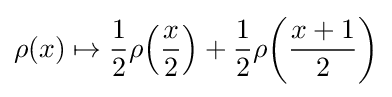
\rho (x)\mapsto {\frac {1}{2}}\rho \!\left({\frac {x}{2}}\right)+{\frac {1}{2}}\rho \!\left({\frac {x+1}{2}}\right)